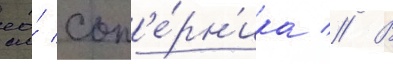
ео́ соп'е́рн'ика // В